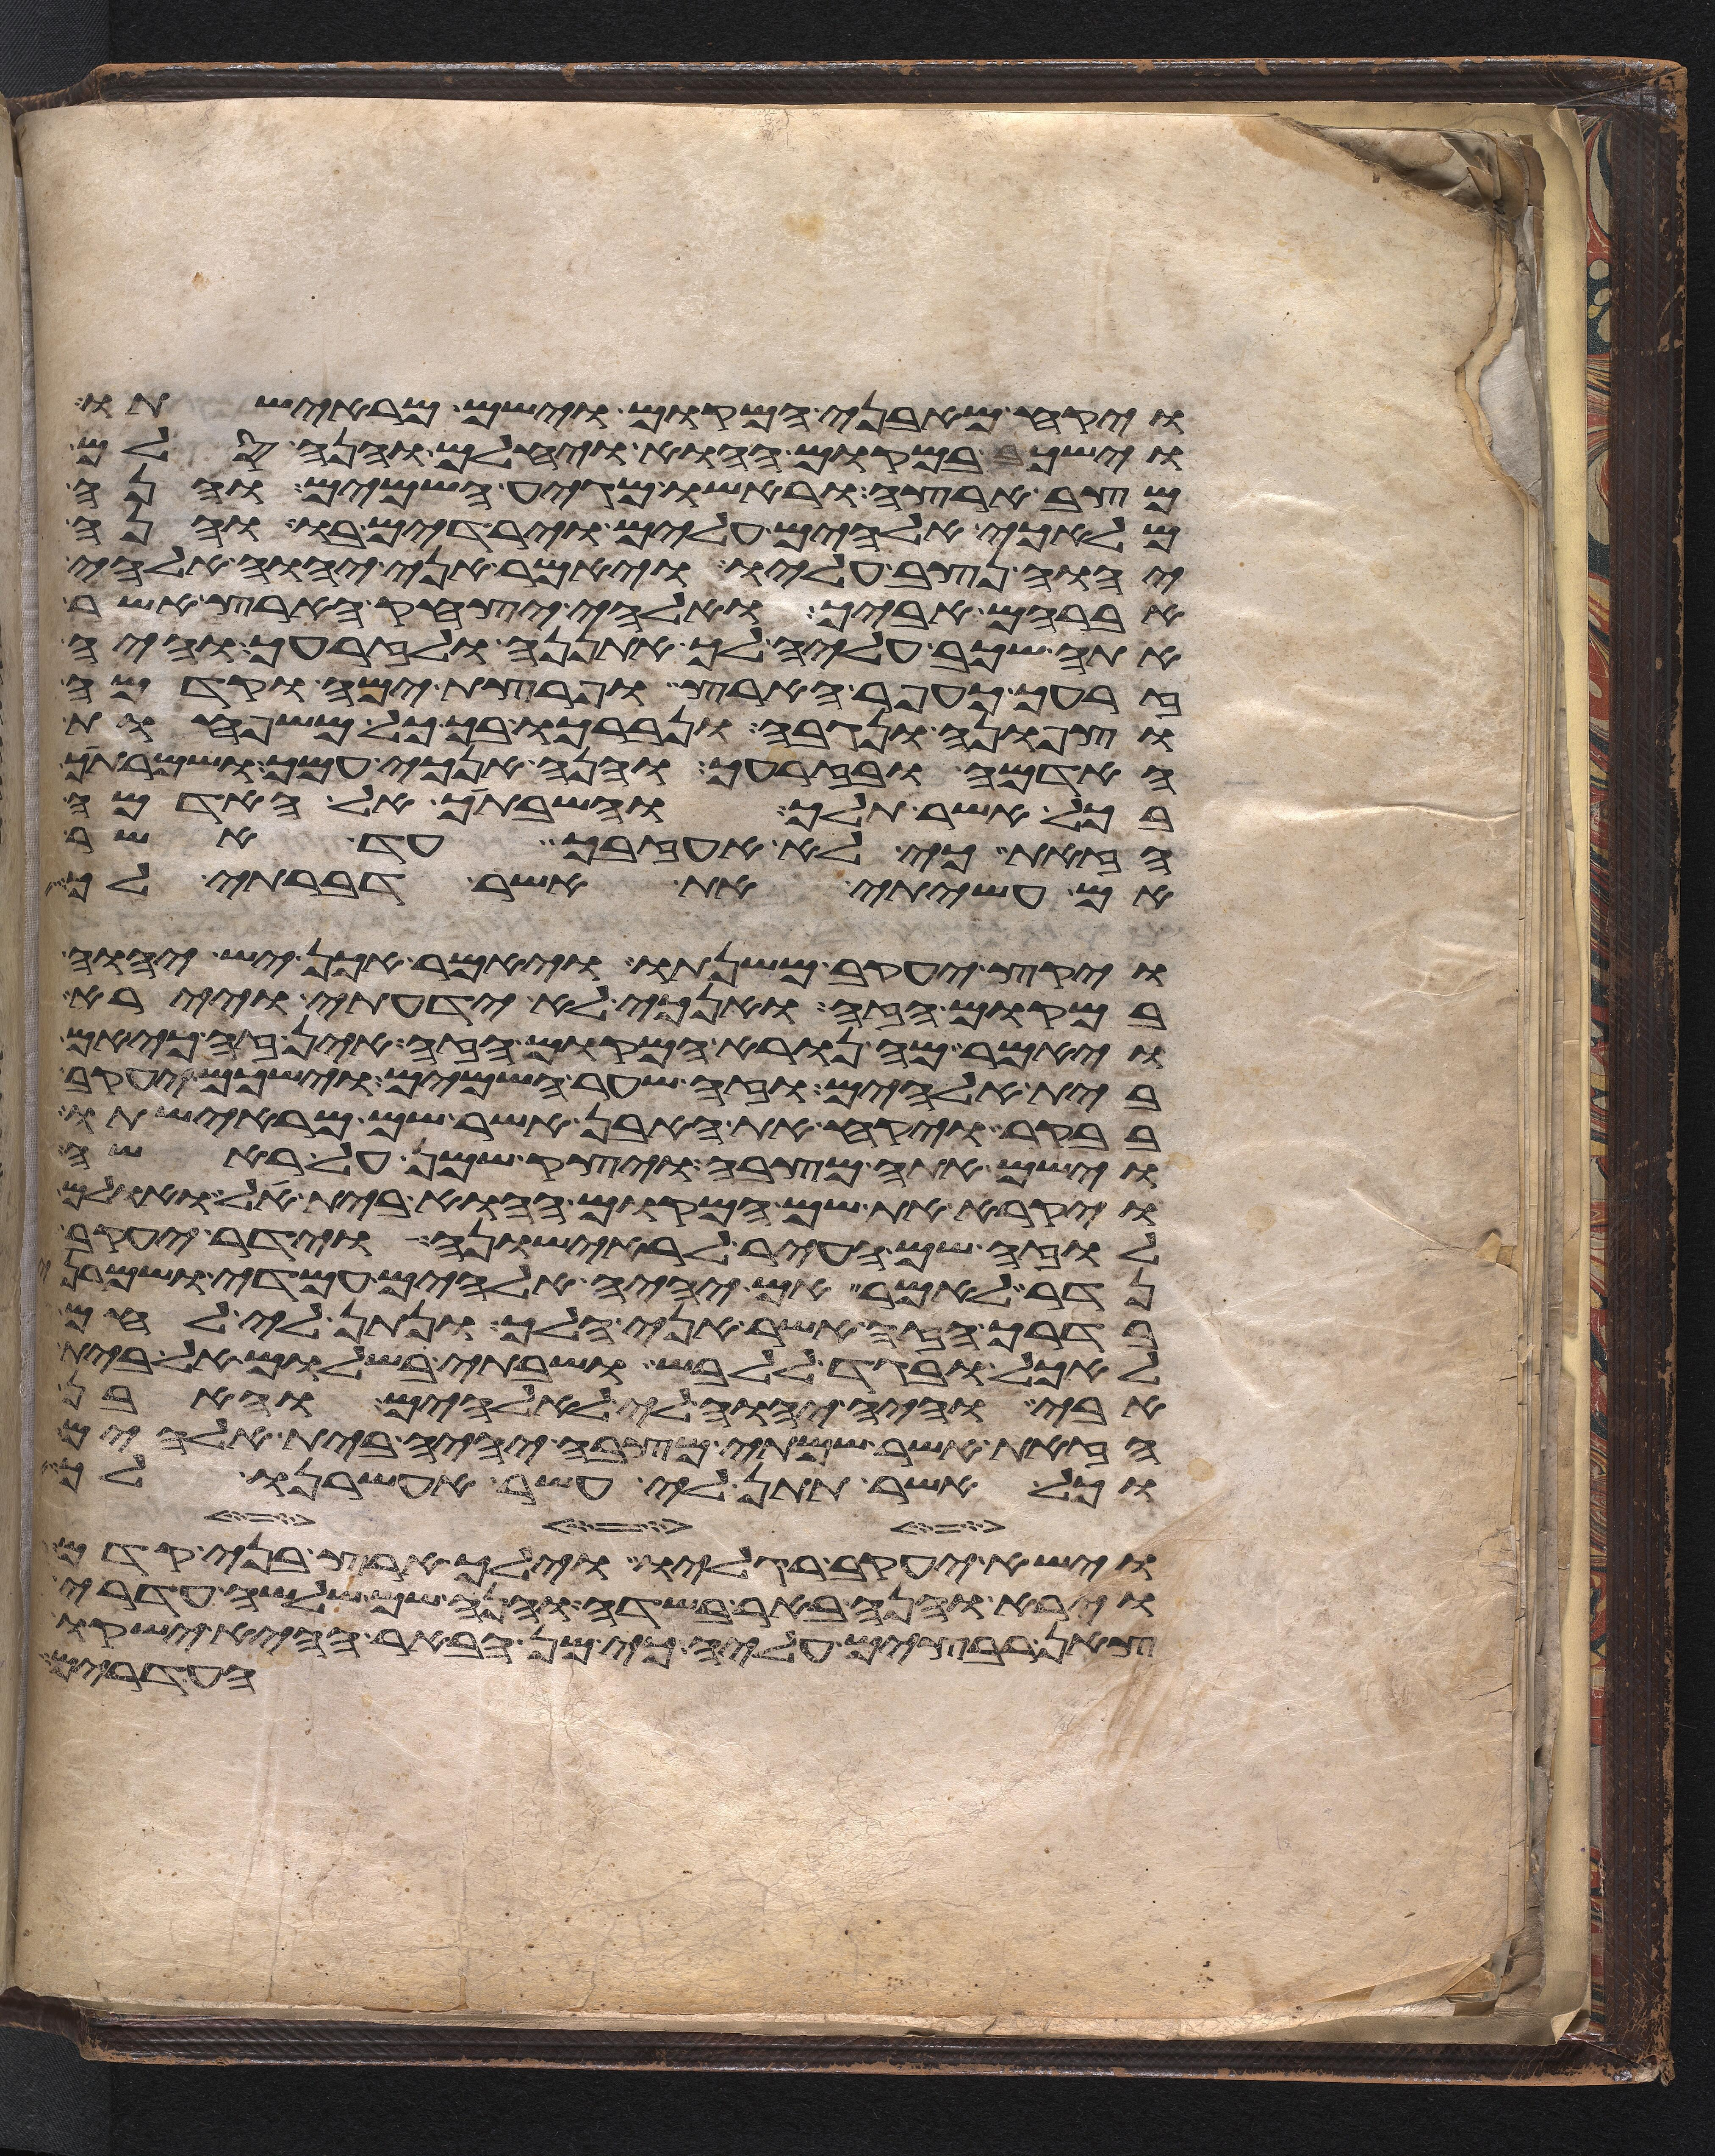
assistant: ויקח מאבני המקום וישם מראשיתו
וישכב במקום ההוא ויחלם והנה סלם
מצב ארצה וראשו מגיע השמים והנה
מלאכי אלהים עלים וירדים בו והנה
יהוה נצב עליו ויאמר אני יהוה אלהי
אברהם אביך ואלהי יצחק הארץ אשר
אתה שכב עליה לך אתננה ולזרעך והיה
זרעך כעפר הארץ ופרצת ימה וקדמה
וצפונה ונגבה ונברכו בך כל משפחות
האדמה ובזרעך והנה אנכי עמך ושמרתיך
בכל אשר תלך והשבתיך אל האדמה
הזאת כי לא אעזבך עד אשר
אם עשיתי את אשר דברתי לך
ויקץ יעקב משנתו ויאמר אכן יש יהוה
במקום הזה ואנכי לא ידעתי ויירא
ויאמר מה נורא המקום הזה אין זה כי אם
בית אלהים וזה שער השמים וישכם יעקב
בבקר ויקח את האבן אשר שם מראשיתו
וישם אתה מצבה ויצק שמן על ראשה
ויקרא את שם המקום ההוא בית אל ואולם
לוזה שם העיר לראישונה וידר יעקב
נדר לאמר אם יהיה אלהים עמדי ושמרני
בדרך הזה אשר אני הלך ונתן לי לחם
לאכל ובגד ללבש ושבתי בשלום אל בית
אבי והיה יהוה לי לאלהים והאבן
הזאת אשר שמתי מצבה יהיה בית אלהים
וכל אשר תתן לי אעשר אעשרנו לך
וישא יעקב רגליו וילך ארץ בני קדם
וירא והנה באר בשדה והנה שם שלשה עדרי
צאן רבצים עליה כי מן הבאר ההיא ישקו
העדרים